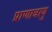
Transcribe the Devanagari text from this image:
प्राणावायु